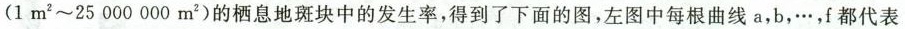
( 1 m^{2}~25 000 000 m^{2} )的栖息地斑块中的发生率，得到了下面的图，左图中每根曲线a，b，\cdots ，f都代表